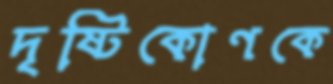
দৃষ্টিকোণকে